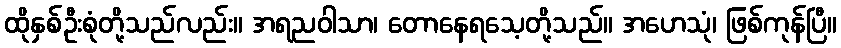
ထိုနှစ်ဦးစုံတို့သည်လည်း။ အရညဝါသာ၊ တောနေရသေ့တို့သည်။ အဟေသုံ၊ ဖြစ်ကုန်ပြီ။